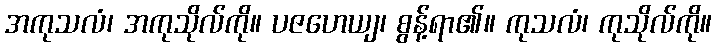
အကုသလံ၊ အကုသိုလ်ကို။ ပဇဟေယျ၊ စွန့်ရာ၏။ ကုသလံ၊ ကုသိုလ်ကို။